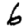
Digit: 6